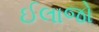
ઈલાજો